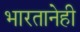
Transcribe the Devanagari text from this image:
भारतानेही